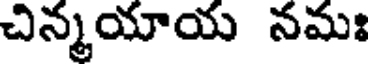
చిన్మయాయ నమః